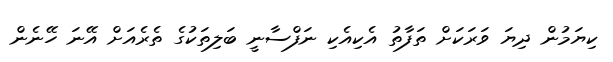
ކިޔަމުން ދިޔަ ވަރަކަށް ތަފާތު އެކިއެކި ނަފްސާނީ ބަލިތަކުގެ ތެރެއަށް އޭނަ ހޭނެން